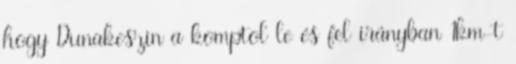
hogy Dunakeszin a komptol le és fel irányban 1km-t